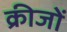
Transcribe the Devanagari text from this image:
क्रीजों